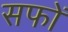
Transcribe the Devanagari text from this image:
सफों